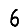
Digit: 6